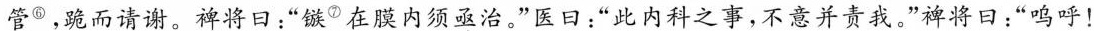
管^{⑥}，跪而请谢。裨将日：“镞^{⑦}在膜内须亟治。”医曰：”此内科之事，不意并责我。”裨将曰：”呜呼！